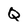
Character: Q